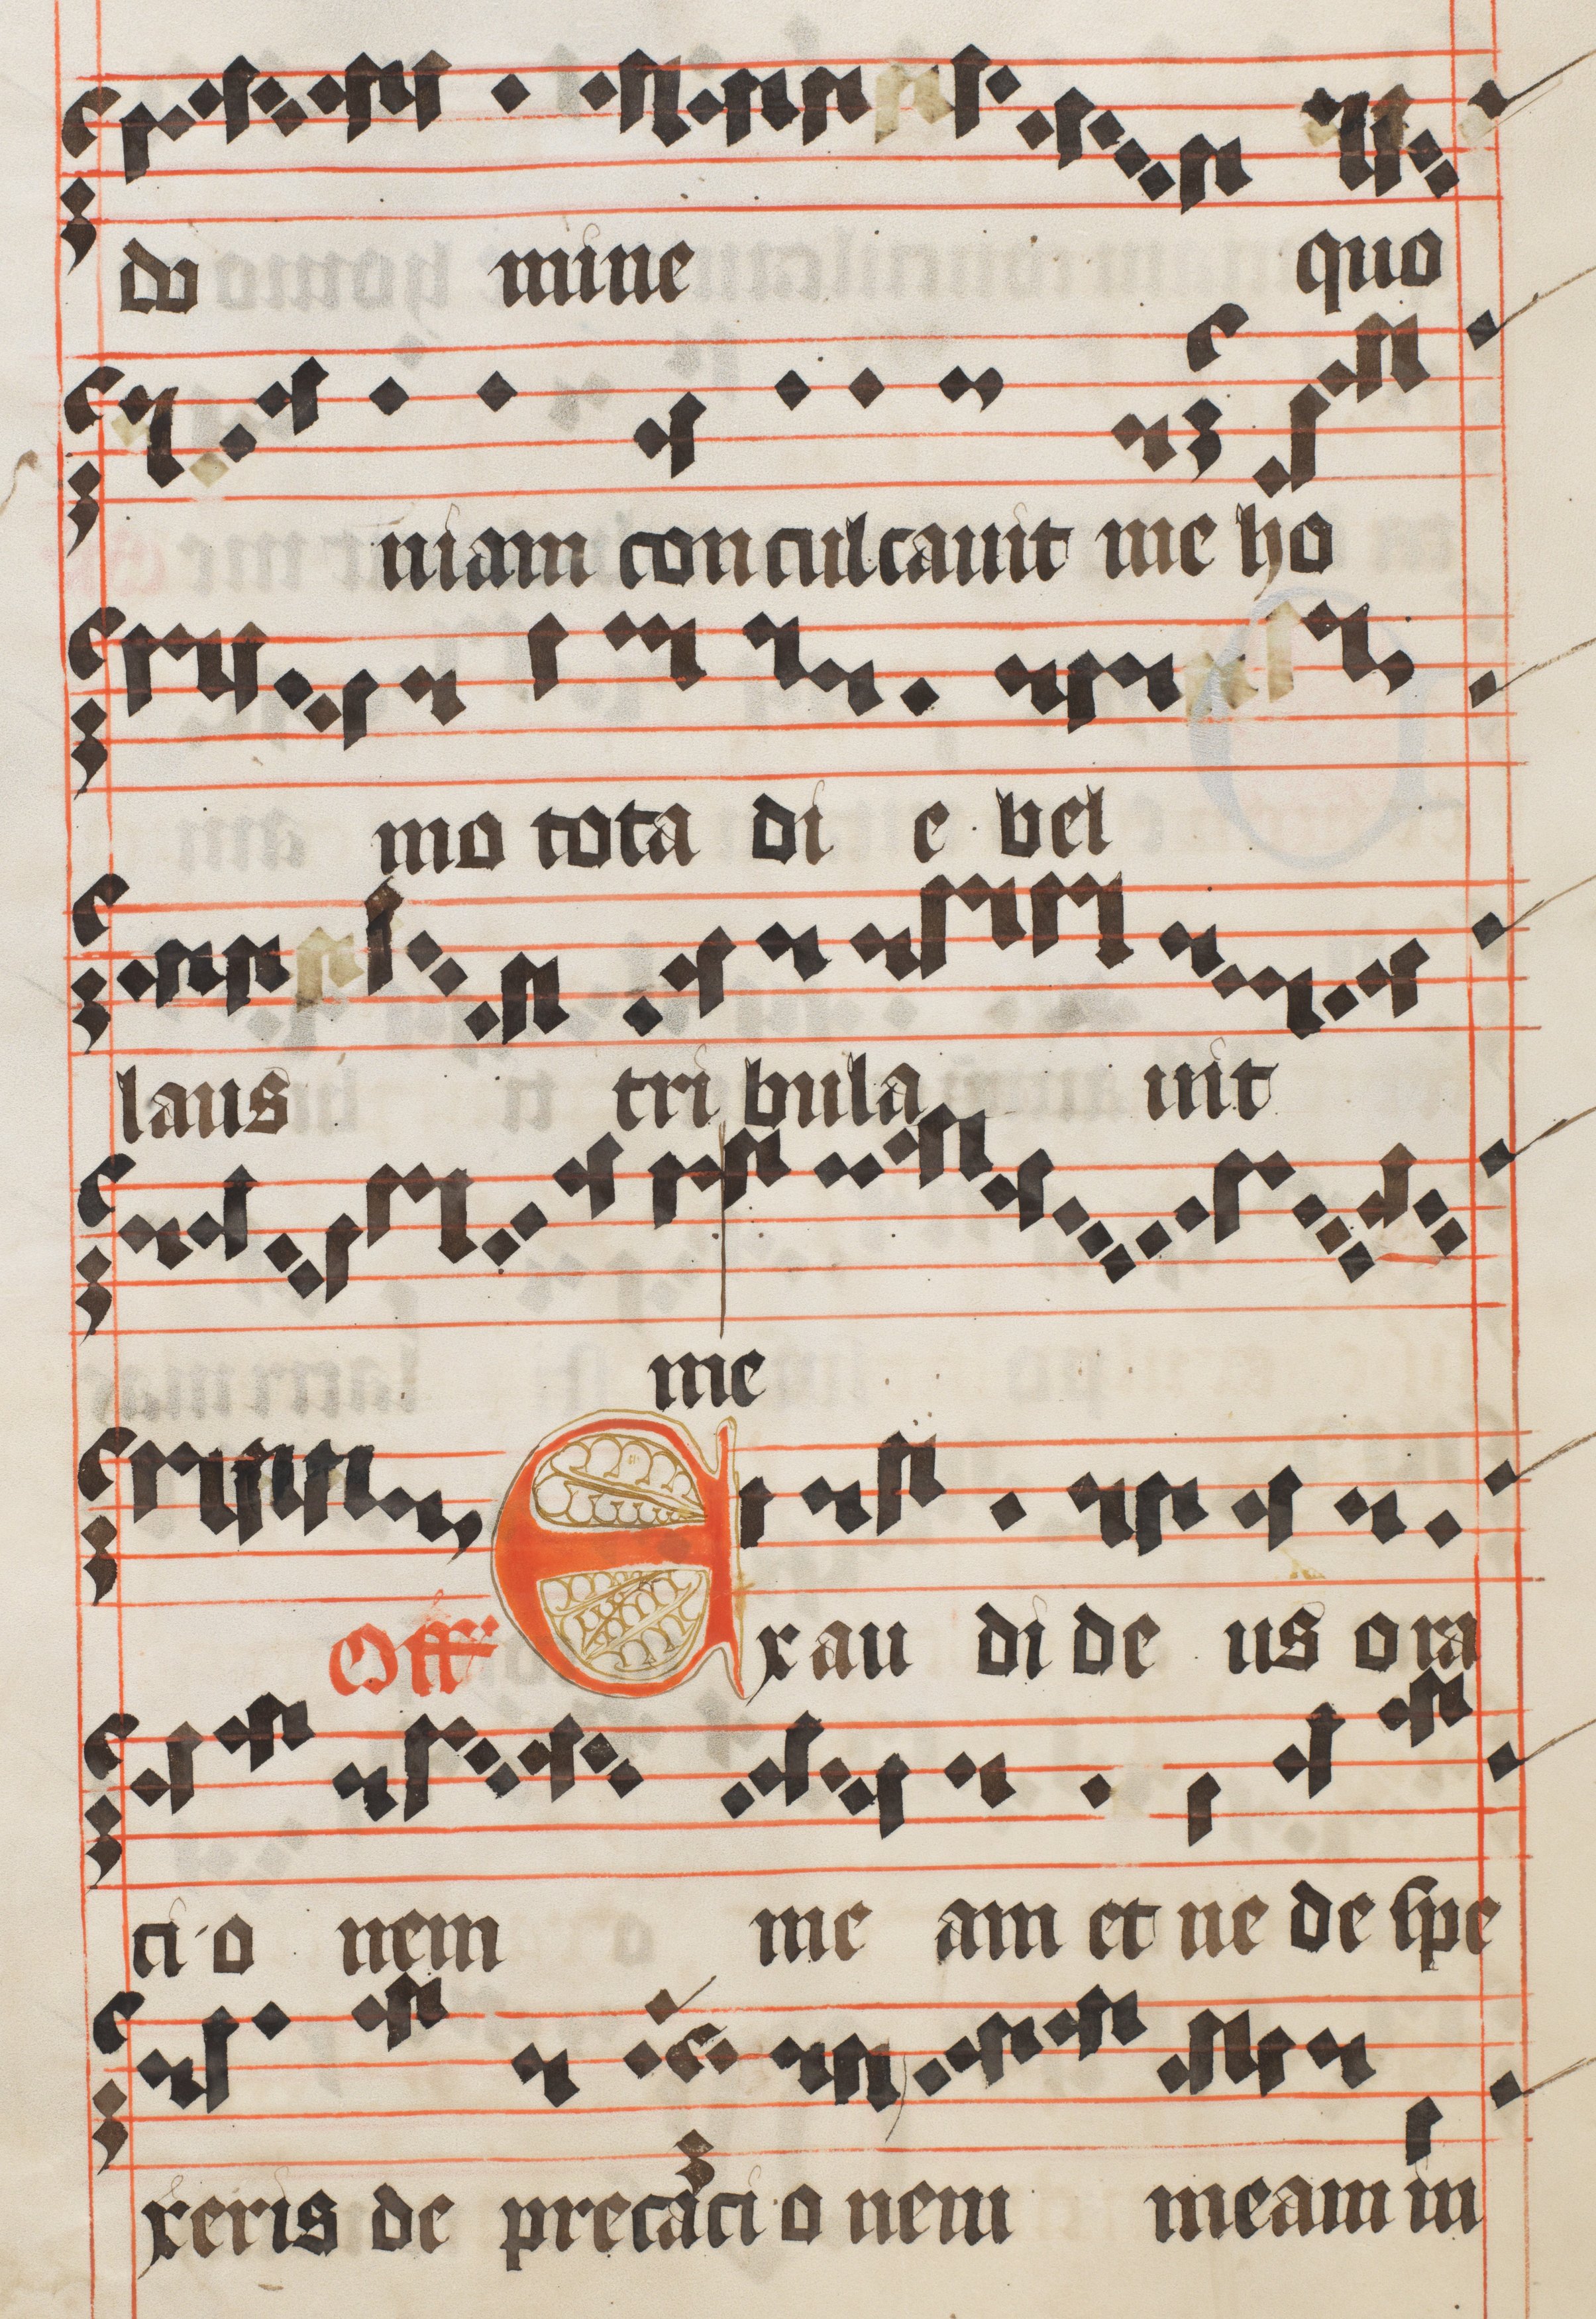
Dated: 1450–1599